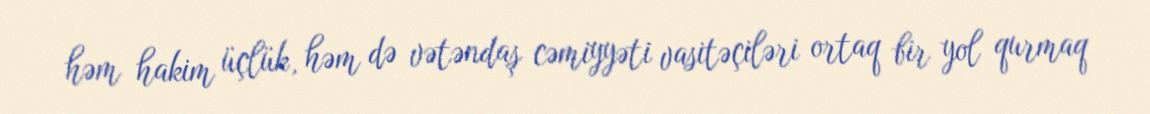
həm hakim üçlük, həm də vətəndaş cəmiyyəti vasitəçiləri ortaq bir yol qurmaq